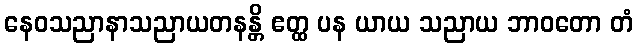
နေဝသညာနာသညာယတနန္တိ ဧတ္ထ ပန ယာယ သညာယ ဘာဝတော တံ